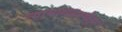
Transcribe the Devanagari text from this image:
न्यायव्यवस्थेतून